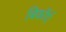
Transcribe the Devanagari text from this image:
बिकॉर्प